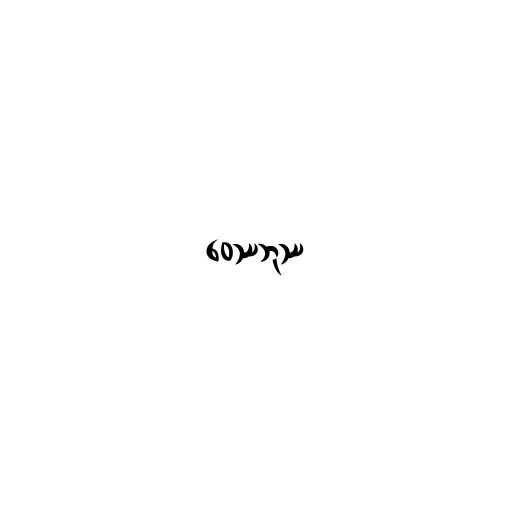
ဝေဿဘုဿ